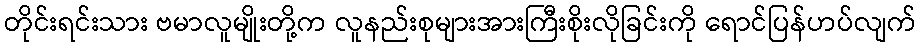
တိုင်းရင်းသား ဗမာလူမျိုးတို့က လူနည်းစုများအားကြီးစိုးလိုခြင်းကို ရောင်ပြန်ဟပ်လျက်